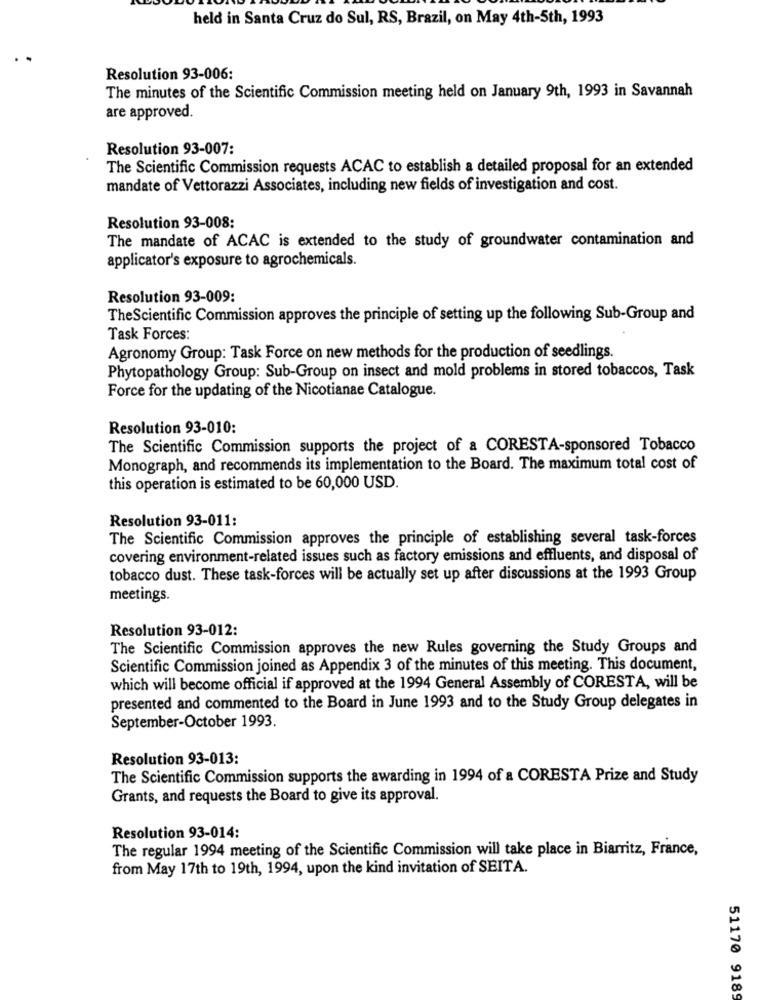
held in Santa Cruz do Sul, RS, Brazil, on May 4th-5th, 1993
Resolution 93-006:
The minutes of the Scientific Commission meeting held on January 9th, 1993 in Savannah
are approved.
Resolution 93-007:
The Scientific Commission requests ACAC to establish a detailed proposal for an extended
mandate of Vettorazzi Associates, including new fields of investigation and cost.
Resolution 93-008:
The mandate of ACAC is extended to the study of groundwater contamination and
applicator's exposure to agrochemicals.
Resolution 93-009:
TheScientific Commission approves the principle of setting up the following Sub-Group and
Task Forces:
Agronomy Group: Task Force on new methods for the production of seedlings.
Phytopathology Group: Sub-Group on insect and mold problems in stored tobaccos, Task
Force for the updating of the Nicotianae Catalogue.
Resolution 93-010:
The Scientific Commission supports the project of a CORESTA-sponsored Tobacco
Monograph, and recommends its implementation to the Board. The maximum total cost of
this operation is estimated to be 60,000 USD.
Resolution 93-011:
The Scientific Commission approves the principle of establishing several task-forces
covering environment-related issues such as factory emissions and effluents, and disposal of
tobacco dust. These task-forces will be actually set up after discussions at the 1993 Group
meetings.
Resolution 93-012:
The Scientific Commission approves the new Rules governing the Study Groups and
Scientific Commission joined as Appendix 3 of the minutes of this meeting. This document,
which will become official if approved at the 1994 General Assembly of CORESTA, will be
presented and commented to the Board in June 1993 and to the Study Group delegates in
September-October 1993.
Resolution 93-013:
The Scientific Commission supports the awarding in 1994 of a CORESTA Prize and Study
Grants, and requests the Board to give its approval.
Resolution 93-014:
The regular 1994 meeting of the Scientific Commission will take place in Biarritz, France,
from May 17th to 19th, 1994, upon the kind invitation of SEITA.
51170 9189